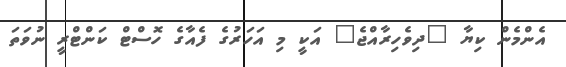
އެންމެން ކިޔާ "ދިވެހިރާއްޖެ" އަކީ މި އަހަރުގެ ފެއާގެ ހޮސްޓް ކަންޓްރީ ނުވަތަ